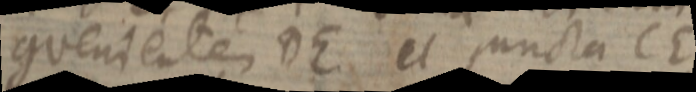
convenientem DE et puncta CE